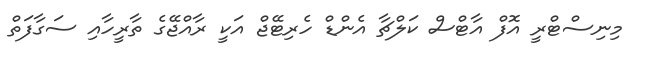
މިނިސްޓްރީ އޮފް އާޓްސް ކަލްޗާ އެންޑް ހެރިޓޭޖް އަކީ ރާއްޖޭގެ ތާރީހާއި ސަގާފަތް